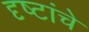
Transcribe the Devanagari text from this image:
दृष्टांचे